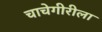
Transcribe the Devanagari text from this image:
चाचेगीरीला